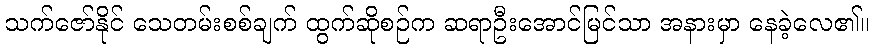
သက်ဇော်နိုင် သေတမ်းစစ်ချက် ထွက်ဆိုစဉ်က ဆရာဦးအောင်မြင်သာ အနားမှာ နေခဲ့လေ၏။